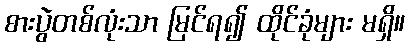
စားပွဲတစ်လုံးသာ မြင်ရ၍ ထိုင်ခုံများ မရှိ။